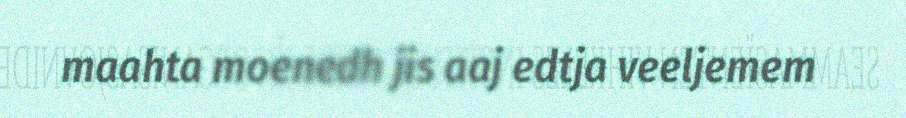
maahta moenedh jis aaj edtja veeljemem